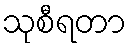
သုစီရတာ